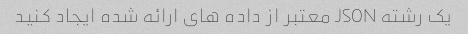
یک رشته JSON معتبر از داده های ارائه شده ایجاد کنید